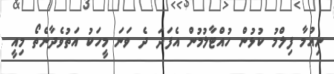
ނިއުމާ ފިލްމު ކުޅުން ހުއްޓާލުމުން އެފަދަ ދެ ވަނަ މީހަކު އަތުވެދާނެތޯ މިއީ